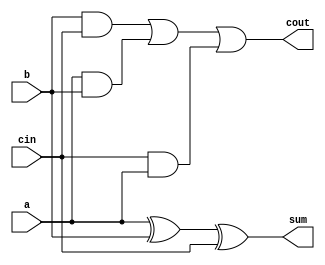
module fulladder(a,b,cin,cout,sum); 
input a,b,cin; 
output cout,sum; 
assign #3 cout= (b&cin | a&b | cin&a );
assign #6 sum=a^b^cin; 
endmodule 


//defining the 128 bit RCA
module RCA(X,Y,Co,S);
input [127:0]X,Y;
output [127:0]S;
output Co;

fulladder f1(X[0],Y[0],1'b0,w1,S[0]);
fulladder f2(X[1],Y[1],w1,w2,S[1]);
fulladder f3(X[2],Y[2],w2,w3,S[2]);
fulladder f4(X[3],Y[3],w3,w4,S[3]);
fulladder f5(X[4],Y[4],w4,w5,S[4]);
fulladder f6(X[5],Y[5],w5,w6,S[5]);
fulladder f7(X[6],Y[6],w6,w7,S[6]);
fulladder f8(X[7],Y[7],w7,w8,S[7]);
fulladder f9(X[8],Y[8],w8,w9,S[8]);
fulladder f10(X[9],Y[9],w9,w10,S[9]);
fulladder f11(X[10],Y[10],w10,w11,S[10]);
fulladder f12(X[11],Y[11],w11,w12,S[11]);
fulladder f13(X[12],Y[12],w12,w13,S[12]);
fulladder f14(X[13],Y[13],w13,w14,S[13]);
fulladder f15(X[14],Y[14],w14,w15,S[14]);
fulladder f16(X[15],Y[15],w15,w16,S[15]);
fulladder f17(X[16],Y[16],w16,w17,S[16]);
fulladder f18(X[17],Y[17],w17,w18,S[17]);
fulladder f19(X[18],Y[18],w18,w19,S[18]);
fulladder f20(X[19],Y[19],w19,w20,S[19]);
fulladder f21(X[20],Y[20],w20,w21,S[20]);
fulladder f22(X[21],Y[21],w21,w22,S[21]);
fulladder f23(X[22],Y[22],w22,w23,S[22]);
fulladder f24(X[23],Y[23],w23,w24,S[23]);
fulladder f25(X[24],Y[24],w24,w25,S[24]);
fulladder f26(X[25],Y[25],w25,w26,S[25]);
fulladder f27(X[26],Y[26],w26,w27,S[26]);
fulladder f28(X[27],Y[27],w27,w28,S[27]);
fulladder f29(X[28],Y[28],w28,w29,S[28]);
fulladder f30(X[29],Y[29],w29,w30,S[29]);
fulladder f31(X[30],Y[30],w30,w31,S[30]);
fulladder f32(X[31],Y[31],w31,w32,S[31]);
fulladder f33(X[32],Y[32],w32,w33,S[32]);
fulladder f34(X[33],Y[33],w33,w34,S[33]);
fulladder f35(X[34],Y[34],w34,w35,S[34]);
fulladder f36(X[35],Y[35],w35,w36,S[35]);
fulladder f37(X[36],Y[36],w36,w37,S[36]);
fulladder f38(X[37],Y[37],w37,w38,S[37]);
fulladder f39(X[38],Y[38],w38,w39,S[38]);
fulladder f40(X[39],Y[39],w39,w40,S[39]);
fulladder f41(X[40],Y[40],w40,w41,S[40]);
fulladder f42(X[41],Y[41],w41,w42,S[41]);
fulladder f43(X[42],Y[42],w42,w43,S[42]);
fulladder f44(X[43],Y[43],w43,w44,S[43]);
fulladder f45(X[44],Y[44],w44,w45,S[44]);
fulladder f46(X[45],Y[45],w45,w46,S[45]);
fulladder f47(X[46],Y[46],w46,w47,S[46]);
fulladder f48(X[47],Y[47],w47,w48,S[47]);
fulladder f49(X[48],Y[48],w48,w49,S[48]);
fulladder f50(X[49],Y[49],w49,w50,S[49]);
fulladder f51(X[50],Y[50],w50,w51,S[50]);
fulladder f52(X[51],Y[51],w51,w52,S[51]);
fulladder f53(X[52],Y[52],w52,w53,S[52]);
fulladder f54(X[53],Y[53],w53,w54,S[53]);
fulladder f55(X[54],Y[54],w54,w55,S[54]);
fulladder f56(X[55],Y[55],w55,w56,S[55]);
fulladder f57(X[56],Y[56],w56,w57,S[56]);
fulladder f58(X[57],Y[57],w57,w58,S[57]);
fulladder f59(X[58],Y[58],w58,w59,S[58]);
fulladder f60(X[59],Y[59],w59,w60,S[59]);
fulladder f61(X[60],Y[60],w60,w61,S[60]);
fulladder f62(X[61],Y[61],w61,w62,S[61]);
fulladder f63(X[62],Y[62],w62,w63,S[62]);
fulladder f64(X[63],Y[63],w63,w64,S[63]);
fulladder f65(X[64],Y[64],w64,w65,S[64]);
fulladder f66(X[65],Y[65],w65,w66,S[65]);
fulladder f67(X[66],Y[66],w66,w67,S[66]);
fulladder f68(X[67],Y[67],w67,w68,S[67]);
fulladder f69(X[68],Y[68],w68,w69,S[68]);
fulladder f70(X[69],Y[69],w69,w70,S[69]);
fulladder f71(X[70],Y[70],w70,w71,S[70]);
fulladder f72(X[71],Y[71],w71,w72,S[71]);
fulladder f73(X[72],Y[72],w72,w73,S[72]);
fulladder f74(X[73],Y[73],w73,w74,S[73]);
fulladder f75(X[74],Y[74],w74,w75,S[74]);
fulladder f76(X[75],Y[75],w75,w76,S[75]);
fulladder f77(X[76],Y[76],w76,w77,S[76]);
fulladder f78(X[77],Y[77],w77,w78,S[77]);
fulladder f79(X[78],Y[78],w78,w79,S[78]);
fulladder f80(X[79],Y[79],w79,w80,S[79]);
fulladder f81(X[80],Y[80],w80,w81,S[80]);
fulladder f82(X[81],Y[81],w81,w82,S[81]);
fulladder f83(X[82],Y[82],w82,w83,S[82]);
fulladder f84(X[83],Y[83],w83,w84,S[83]);
fulladder f85(X[84],Y[84],w84,w85,S[84]);
fulladder f86(X[85],Y[85],w85,w86,S[85]);
fulladder f87(X[86],Y[86],w86,w87,S[86]);
fulladder f88(X[87],Y[87],w87,w88,S[87]);
fulladder f89(X[88],Y[88],w88,w89,S[88]);
fulladder f90(X[89],Y[89],w89,w90,S[89]);
fulladder f91(X[90],Y[90],w90,w91,S[90]);
fulladder f92(X[91],Y[91],w91,w92,S[91]);
fulladder f93(X[92],Y[92],w92,w93,S[92]);
fulladder f94(X[93],Y[93],w93,w94,S[93]);
fulladder f95(X[94],Y[94],w94,w95,S[94]);
fulladder f96(X[95],Y[95],w95,w96,S[95]);
fulladder f97(X[96],Y[96],w96,w97,S[96]);
fulladder f98(X[97],Y[97],w97,w98,S[97]);
fulladder f99(X[98],Y[98],w98,w99,S[98]);
fulladder f100(X[99],Y[99],w99,w100,S[99]);
fulladder f101(X[100],Y[100],w100,w101,S[100]);
fulladder f102(X[101],Y[101],w101,w102,S[101]);
fulladder f103(X[102],Y[102],w102,w103,S[102]);
fulladder f104(X[103],Y[103],w103,w104,S[103]);
fulladder f105(X[104],Y[104],w104,w105,S[104]);
fulladder f106(X[105],Y[105],w105,w106,S[105]);
fulladder f107(X[106],Y[106],w106,w107,S[106]);
fulladder f108(X[107],Y[107],w107,w108,S[107]);
fulladder f109(X[108],Y[108],w108,w109,S[108]);
fulladder f110(X[109],Y[109],w109,w110,S[109]);
fulladder f111(X[110],Y[110],w110,w111,S[110]);
fulladder f112(X[111],Y[111],w111,w112,S[111]);
fulladder f113(X[112],Y[112],w112,w113,S[112]);
fulladder f114(X[113],Y[113],w113,w114,S[113]);
fulladder f115(X[114],Y[114],w114,w115,S[114]);
fulladder f116(X[115],Y[115],w115,w116,S[115]);
fulladder f117(X[116],Y[116],w116,w117,S[116]);
fulladder f118(X[117],Y[117],w117,w118,S[117]);
fulladder f119(X[118],Y[118],w118,w119,S[118]);
fulladder f120(X[119],Y[119],w119,w120,S[119]);
fulladder f121(X[120],Y[120],w120,w121,S[120]);
fulladder f122(X[121],Y[121],w121,w122,S[121]);
fulladder f123(X[122],Y[122],w122,w123,S[122]);
fulladder f124(X[123],Y[123],w123,w124,S[123]);
fulladder f125(X[124],Y[124],w124,w125,S[124]);
fulladder f126(X[125],Y[125],w125,w126,S[125]);
fulladder f127(X[126],Y[126],w126,w127,S[126]);
fulladder f128(X[127],Y[127],w127,Co,S[127]);
endmodule